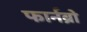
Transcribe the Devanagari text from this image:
फार्नब्रो